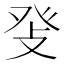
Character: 𤼧